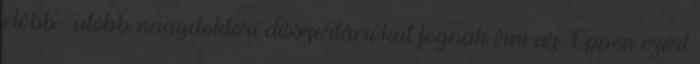
elôbb- utóbb nagydoktori disszertációkat fognak írni az. Éppen ezért